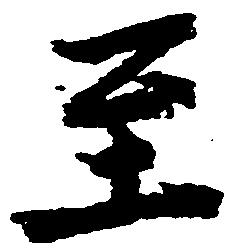
至